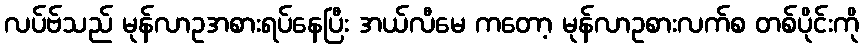
လပ်ဗ်သည် မုန်လာဥအစားရပ်နေပြီး အယ်လီမေ ကတော့ မုန်လာဥစားလက်စ တစ်ပိုင်းကို